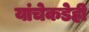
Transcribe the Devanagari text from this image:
यांचेकडेही